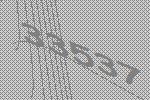
33537